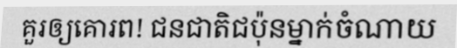
គួរឲ្យគោរព! ជនជាតិជប៉ុនម្នាក់ចំណាយ